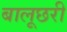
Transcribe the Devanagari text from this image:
बालूछरी